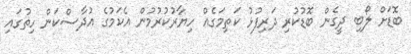
ބޮޑަށް ލޯބި ދީގެން ބޮޑުކުރި ދަރިފުޅު ކަތިމަގެއް ހިޔާރުކުރުމުން އެކަމުގެ އުދާސްކަން ހިތުގައި